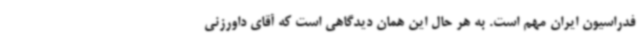
فدراسیون ایران مهم است. به هر حال این همان دیدگاهی است که آقای داورزنی